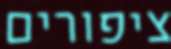
ציפורים